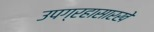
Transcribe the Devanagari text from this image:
उपग्रहासारखे